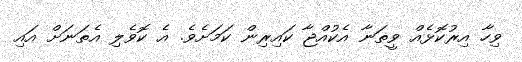
ވިހާ އިރުކޮޅެއް ވީތަނާ އެކުއްޖާ ކައިރިން ކަމަށެވެ. އެ ކޮވެލި އެތަނަށް އައި